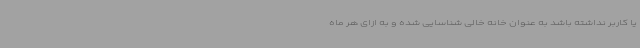
یا کاربر نداشته باشد به عنوان خانه خالی شناسایی شده و به ازای هر ماه